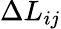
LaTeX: \Delta L_{ij}